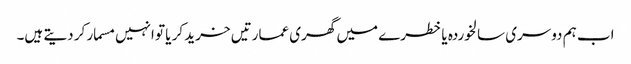
اب ہم دوسری سالخوردہ یا خطرے میں گھری عمارتیں خرید کر یا تو انہیں مسمار کر دیتے ہیں۔